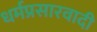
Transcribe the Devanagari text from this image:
धर्मप्रसारवादी